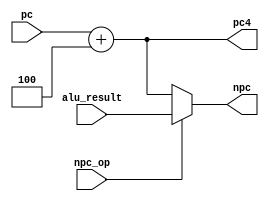
//`timescale 1ns / 1ps


module NPC(
    input [31:0] pc,
    input [31:0] alu_result,
    input npc_op,
    output [31:0] pc4,
    output [31:0] npc
    );
    
    assign pc4=pc+4;
    assign npc=(npc_op==0)?(pc+4):alu_result;
   
endmodule